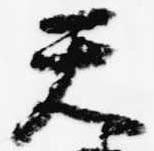
天